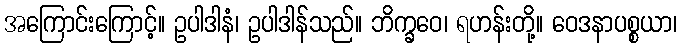
အကြောင်းကြောင့်။ ဥပါဒါနံ၊ ဥပါဒါန်သည်။ ဘိက္ခဝေ၊ ရဟန်းတို့။ ဝေဒနာပစ္စယာ၊